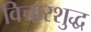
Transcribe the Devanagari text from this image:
विचारशुद्ध